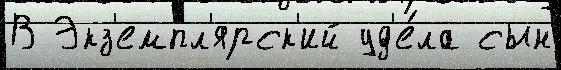
В Экз'емпл'ярск'ий уд'е́ла сын